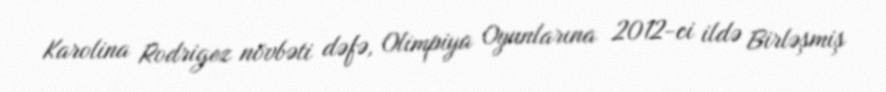
Karolina Rodrigez növbəti dəfə, Olimpiya Oyunlarına 2012-ci ildə Birləşmiş